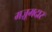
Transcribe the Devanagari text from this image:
मज़ूमदार